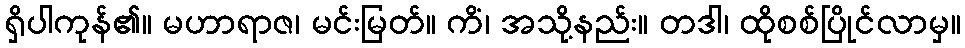
ရှိပါကုန်၏။ မဟာရာဇ၊ မင်းမြတ်။ ကိံ၊ အသို့နည်း။ တဒါ၊ ထိုစစ်ပြိုင်လာမှ။